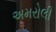
અમરોલી